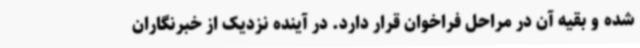
شده و بقیه آن در مراحل فراخوان قرار دارد. در آینده نزدیک از خبرنگاران